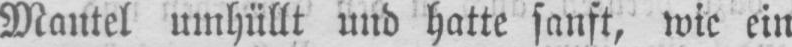
Mantel umhüllt und hatte sanft, wie ein